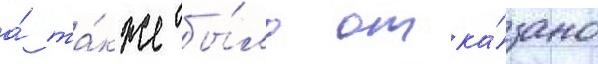
а́ та́кже бы́ло отка́зано